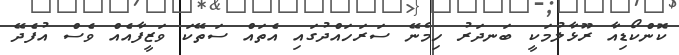
ކޮންކޯޑިއާ ރޫޅާލުމަކީ ބަނދަރު ހިމެނޭ ސަރަހައްދުގައި އެތައް ސަތޭކަ ވަޒީފާއެއް ވެސް އުފެދޭ